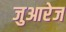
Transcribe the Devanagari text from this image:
जुआरेज